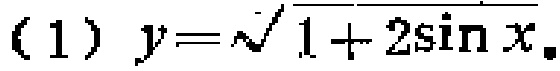
(1) \(y = \sqrt{1 + 2\sin x}\)